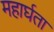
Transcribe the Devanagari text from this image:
महार्घता